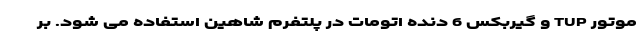
موتور TUP و گیربکس 6 دنده اتومات در پلتفرم شاهین استفاده می شود. بر